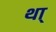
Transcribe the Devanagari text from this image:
था्